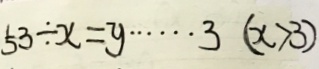
5 3 \div x = y \cdots 3 ( x > 3 )